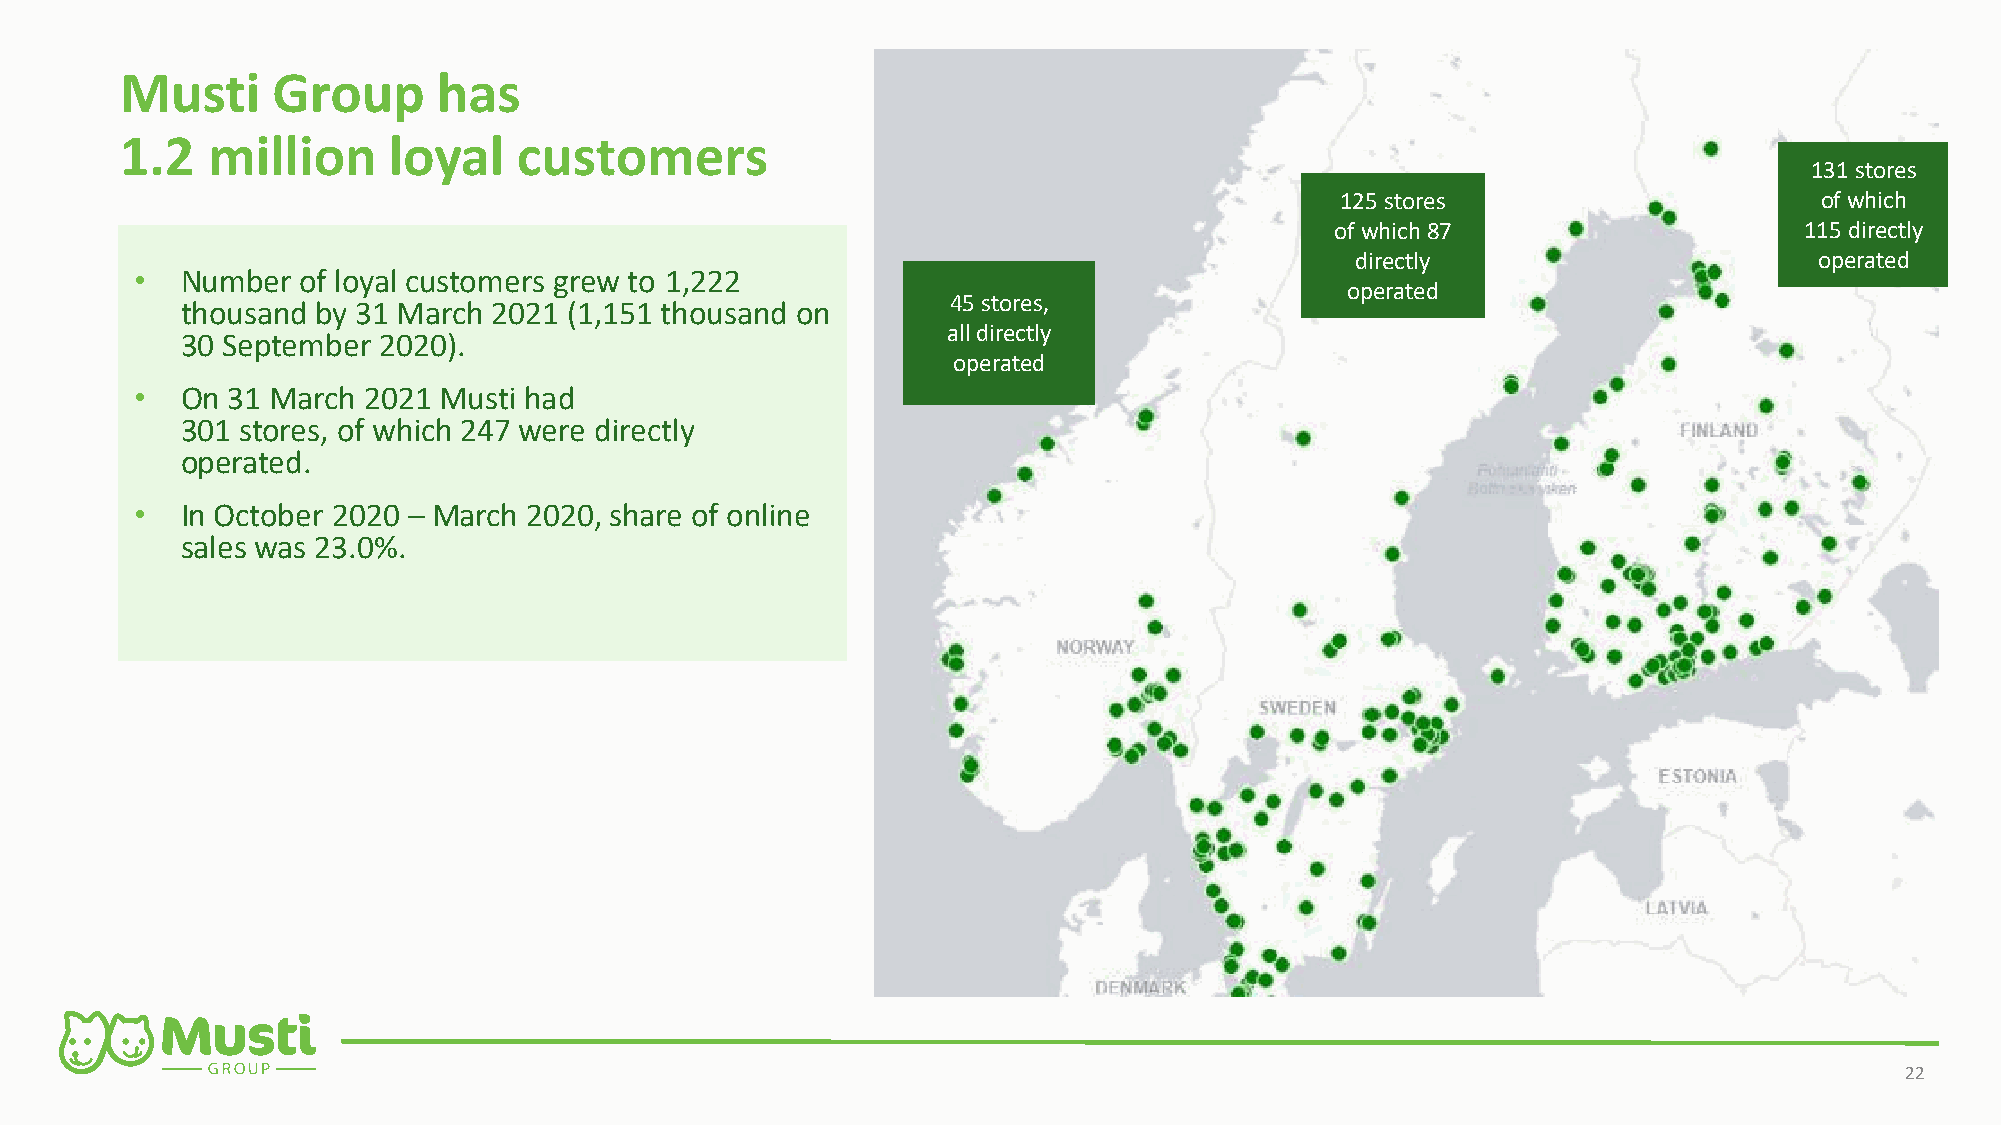
Musti     Group      has
 1.2   million     loyal   customers
 131 stores
 125 stores                     of which
 of which87                     115 directly
 directly                      operated
 •  Number  of loyal customers grew to 1,222
 operated
 45 stores,
 thousand by 31 March 2021 (1,151 thousand on
 alldirectly
 30 September 2020).
 operated
 •  On 31 March 2021 Musti had
 301 stores, of which 247 were directly
 operated.
 •  In October 2020 – March 2020, share of online
 sales was 23.0%.
 22